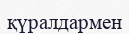
қүралдармен